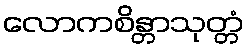
လောကစိန္တာသုတ္တံ